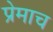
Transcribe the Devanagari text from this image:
प्रेमाच